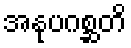
အနုပဂစ္ဆတိ